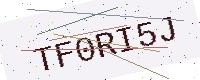
Text: TF0RI5J